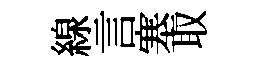
線言塞取